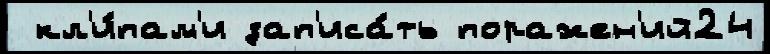
 кл'и́пам'и зап'иса́ть поражен'ий24